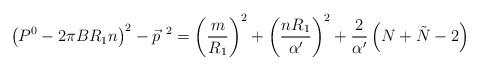
LaTeX: \begin{align*}\left( P^0-2\pi BR_{1}n\right)^2-{\vec p}^{~2}= \left(\frac{m}{R_{1}}\right)^2+\left( \frac{nR_{1}}{\alpha'}\right)^2+\frac{2}{\alpha'}\left( N+\tilde N-2\right)\end{align*}